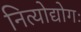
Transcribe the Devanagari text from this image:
नित्योद्योगः